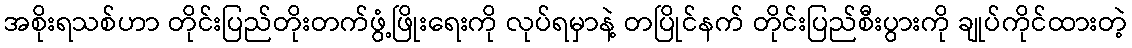
အစိုးရသစ်ဟာ တိုင်းပြည်တိုးတက်ဖွံ့ဖြိုးရေးကို လုပ်ရမှာနဲ့ တပြိုင်နက် တိုင်းပြည်စီးပွားကို ချုပ်ကိုင်ထားတဲ့